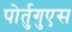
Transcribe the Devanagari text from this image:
पोर्तुगुएस